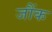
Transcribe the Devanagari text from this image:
जौंक